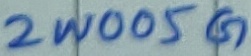
Text: 2W005G